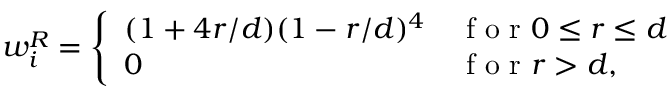
w _ { i } ^ { R } = \left\{ \begin{array} { l l } { ( 1 + 4 r / d ) ( 1 - r / d ) ^ { 4 } } & { \mathrm { ~ f ~ o ~ r ~ } 0 \le r \le d } \\ { 0 } & { \mathrm { ~ f ~ o ~ r ~ } r > d , } \end{array} \right.